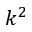
k ^ { 2 }